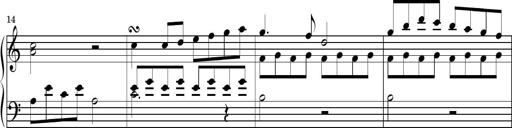
Title: Piano Sonatina No.1
Composer: Dimitri Sykias
Key: D minor